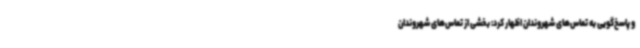
و پاسخ‌گویی به تماس‌های شهروندان اظهار کرد: بخشی از تماس‌های شهروندان